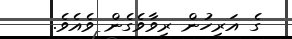
ގެ އަރިހުން ރިވާވެގެން ވެއެވެ.